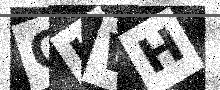
Text: OHWH